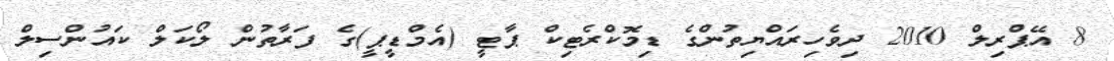
8 އޭޕްރިލް 2010 ދިވެހިރައްޔިތުންގެ ޑިމޮކްރެޓިކް ޕާޓީ (އެމްޑީޕީ)ގެ ފަރާތުން ލޯކަލް ކައުންސިލް